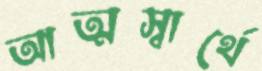
আত্মস্বার্থে